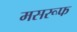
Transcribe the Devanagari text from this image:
मसरूफ